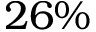
2 6 \%